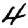
Digit: 4